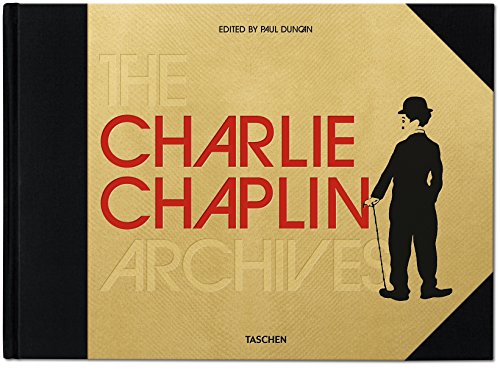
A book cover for The Charlie Chaplin Archives; Humor & Entertainment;